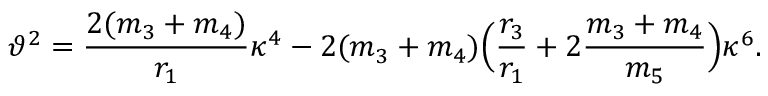
\vartheta ^ { 2 } = \frac { 2 ( m _ { 3 } + m _ { 4 } ) } { r _ { 1 } } \kappa ^ { 4 } - 2 ( m _ { 3 } + m _ { 4 } ) \Bigl ( \frac { r _ { 3 } } { r _ { 1 } } + 2 \frac { m _ { 3 } + m _ { 4 } } { m _ { 5 } } \Bigr ) \kappa ^ { 6 } .